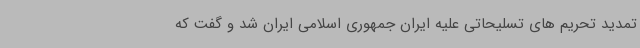
تمدید تحریم های تسلیحاتی علیه ایران جمهوری اسلامی ایران شد و گفت که